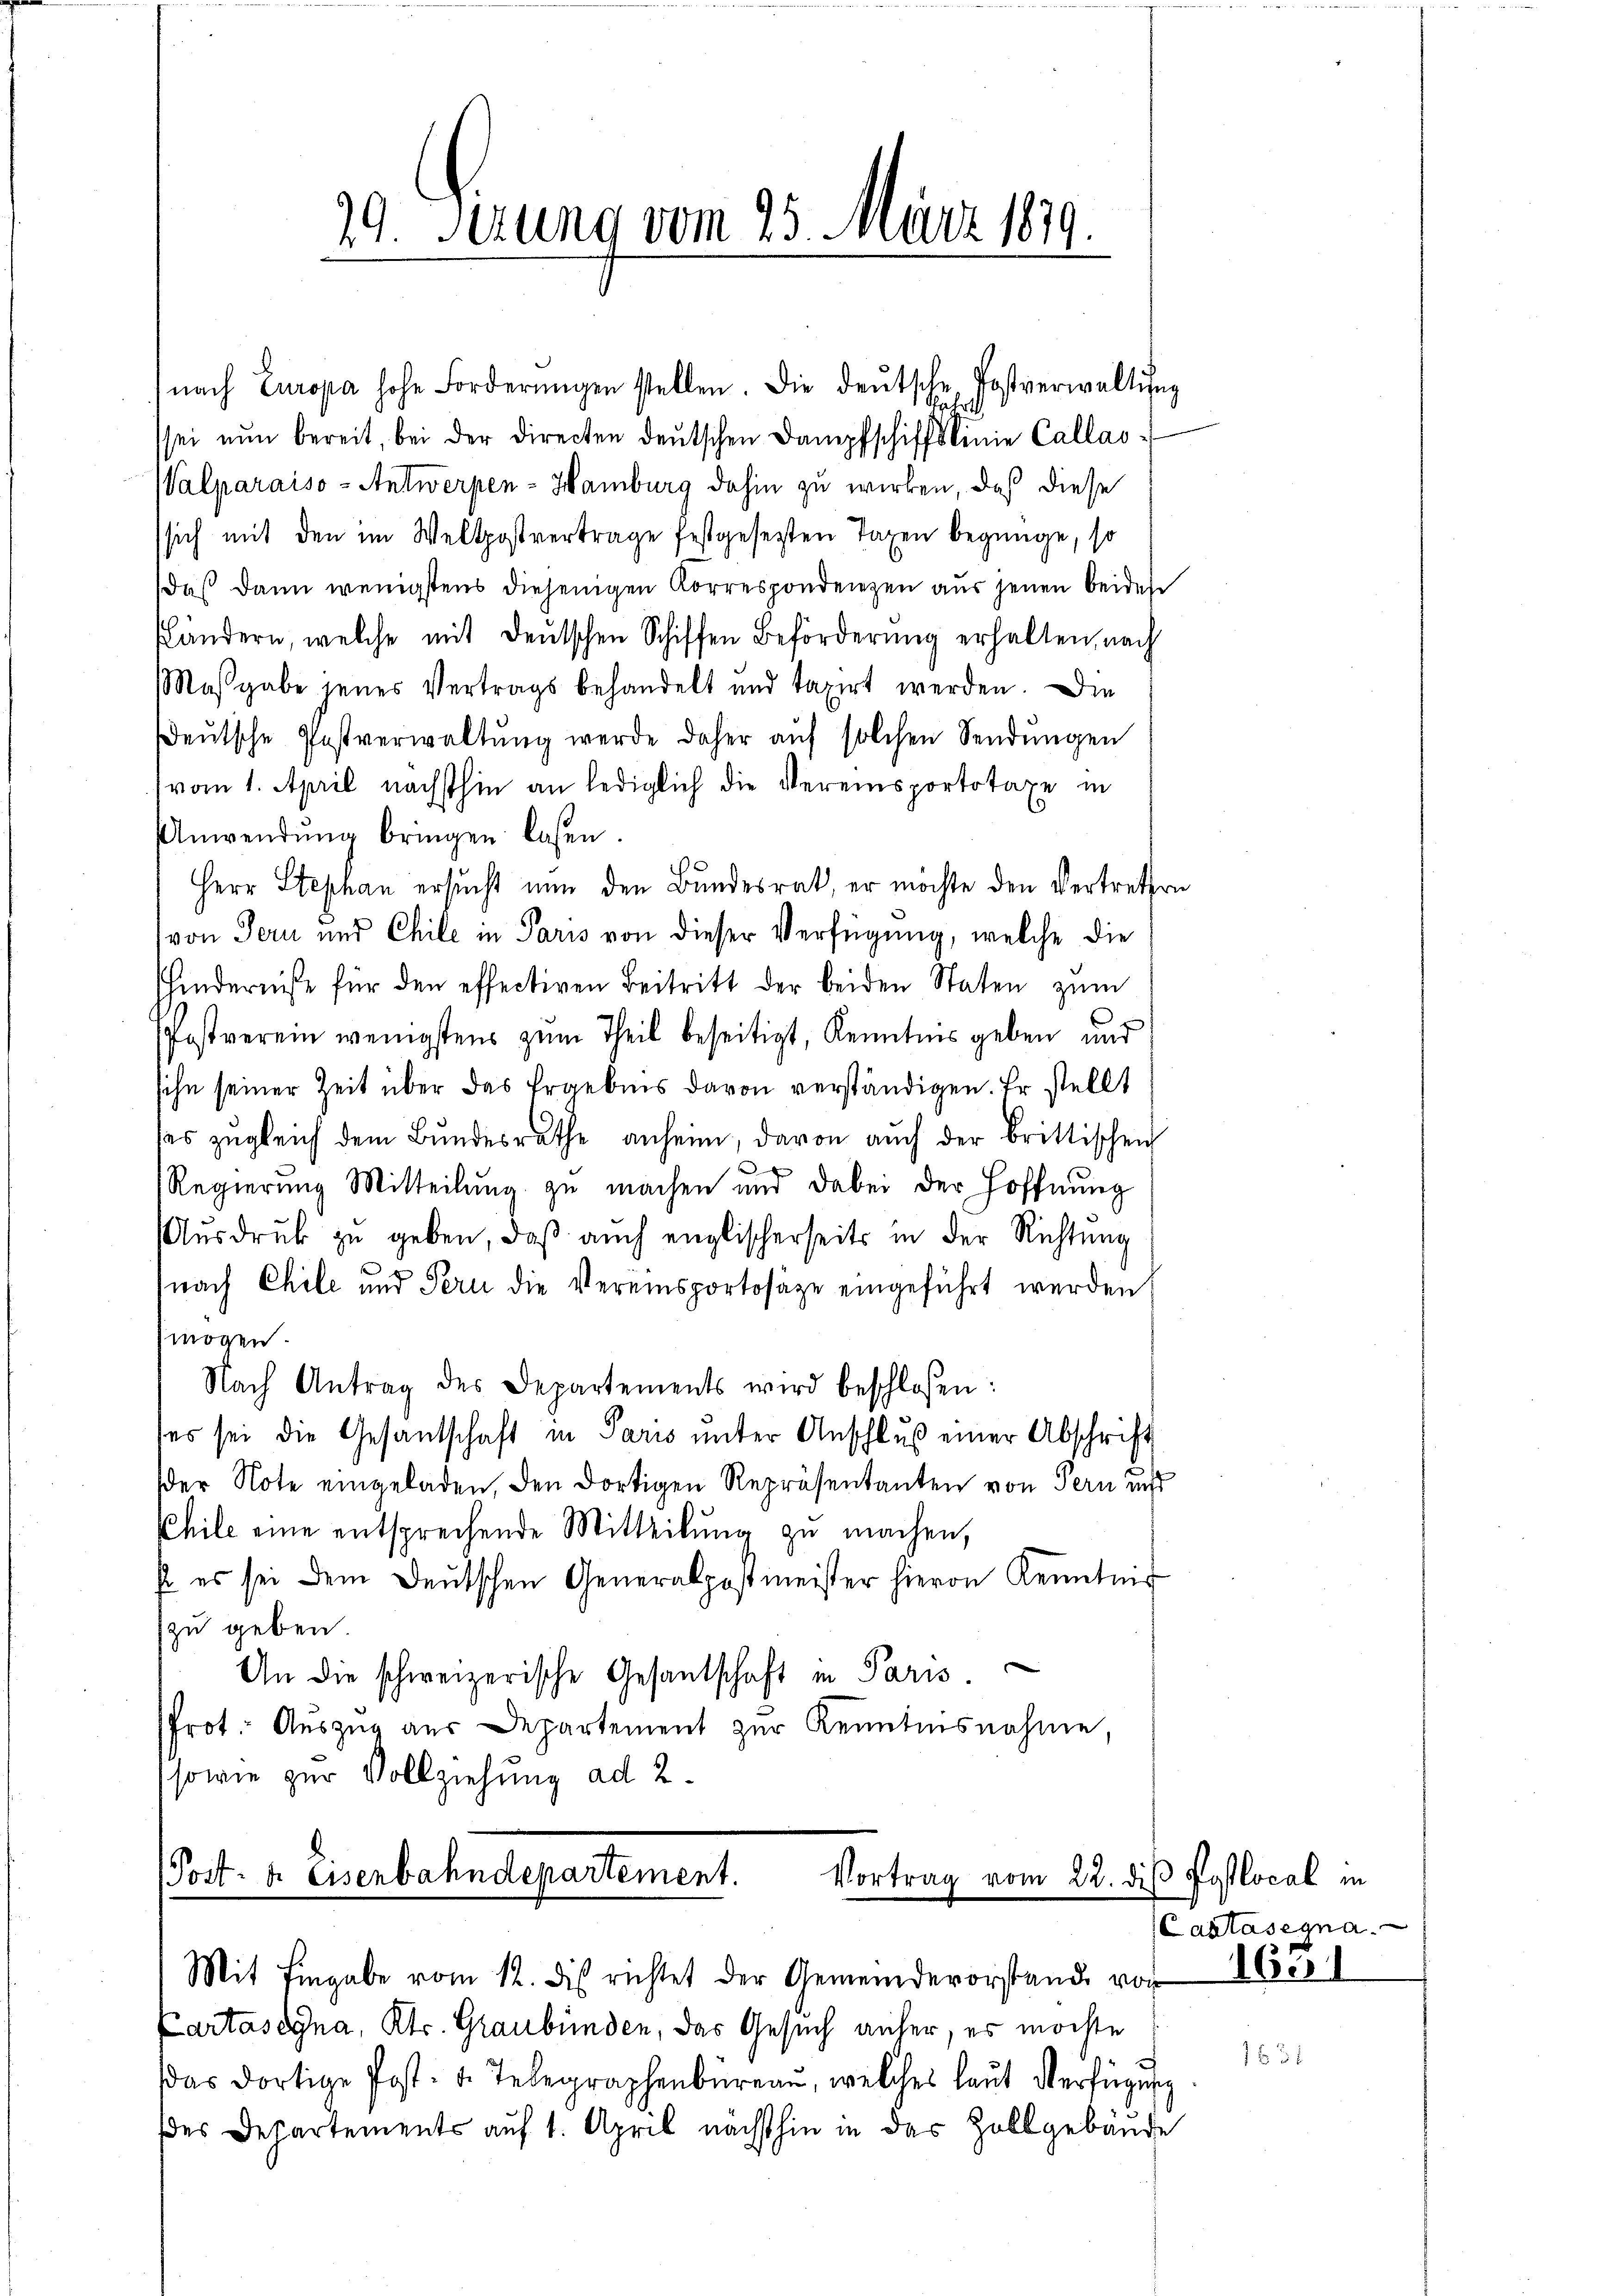
19. Serung vom 25. März 1879.

nach Europa hohe Forderŭngen stellen. Die deŭtsche Postverwaltŭng
sei nŭn bereit, bei der Directen deutschen Dampfschiffslinie Callas-
Walparaiso- Antwerpen-Hamburg dahin zu wirken, daß diese
sich mit den im Weltpostvertrage festgesetzten Tagen begnüge, so
daß dann wenigstens diejenigen Korrespondenzen aus jenen beidese
ändern, welche mit deutschen Schiffen Beförderung erhalten, nach
Maßgabe jenes Vertrags behandelt und taxirt werden. Die
eŭtsche Postverwaltŭng werde daher aŭf solchen Sendŭngen
vom 1. April nächsthin an lediglich die Vereinsportotaxe in
Unwendŭng bringen lasen.
Herr Stephan ersucht nun den Bundesrat, er möchte den Vertreten
von Tern und Chile in Paris von dieser Verfügung, welche die
Khindernisse für den effectiven Beitritt der beiden Staten zum
Postverein wenigstens zum Theil beseitigt, Kenntnis geben und
sihn seiner Zeit über das Ergebnis davon verständigen. Er stellt
das zugleich dem Bundesrathe anheim, davon auch der brittischen
.
Regierung Mitteilung zu machen und dabei der Hoffnung
Aŭsdrŭck zu geben, daβ aŭch englischerseits in der Richtung
(nach Chile und Pern die Vereinsportosaze eingeführt werden
mögen.
Nach Antrag des Departements wird beschlossen:
ses sei die Gesandschaft in Paris ŭnter Anschluß einer Abschrift
der Note eingeladen, den dortigen Repräsentanten von Pern und
Chile eine entsprechende Mitteilung zu machen,
s es sei dem deŭtschen Generalpostmeister hievon Kenntnis
zu geben.
An die schweizerische Gesantschaft in Paris
Prot. Auszug aus Departement zur Kenntnisnahme
sowie zur Vollziehung ad 2.
Post- & Eisenbahndepartement.
Vortrag vom 22. die Poslocal in
Mit Eingabe vom 12. dies richtet der Gemeindevorstand von
Cartasegna, Kts. Graubünden, das Gesuch anher, es möchte
das dortige Post- u. Telegraphenbureau, welches laŭt Verfügung
des Departements auf 1. April nächsthin in das Zollgebäude

Cantasegna

1631